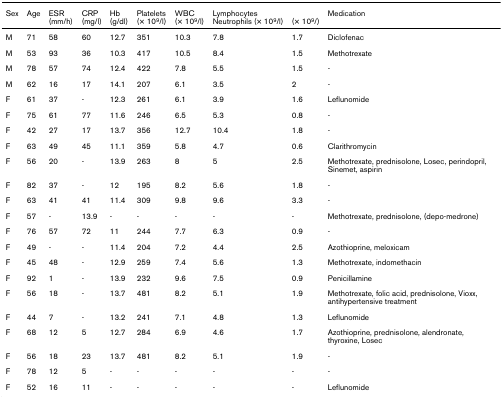
<table><thead><tr><td><b>Sex</b></td><td><b>Age</b></td><td><b>ESR (mm/h)</b></td><td><b>CRP (mg/l)</b></td><td><b>Hb (g/dl)</b></td><td><b>Platelets (× 10<sup>9</sup>/l)</b></td><td><b>WBC (× 10<sup>9</sup>/l)</b></td><td><b>LymphocytesNeutrophils (× 10<sup>9</sup>/l)</b></td><td><b> (× 10<sup>9</sup>/)</b></td><td><b>Medication</b></td></tr></thead><tbody><tr><td>M</td><td>71</td><td>58</td><td>60</td><td>12.7</td><td>351</td><td>10.3</td><td>7.8</td><td>1.7</td><td>Diclofenac</td></tr><tr><td>M</td><td>53</td><td>93</td><td>36</td><td>10.3</td><td>417</td><td>10.5</td><td>8.4</td><td>1.5</td><td>Methotrexate</td></tr><tr><td>M</td><td>78</td><td>57</td><td>74</td><td>12.4</td><td>422</td><td>7.8</td><td>5.5</td><td>1.5</td><td>-</td></tr><tr><td>M</td><td>62</td><td>16</td><td>17</td><td>14.1</td><td>207</td><td>6.1</td><td>3.5</td><td>2</td><td>-</td></tr><tr><td>F</td><td>61</td><td>37</td><td>-</td><td>12.3</td><td>261</td><td>6.1</td><td>3.9</td><td>1.6</td><td>Leflunomide</td></tr><tr><td>F</td><td>75</td><td>61</td><td>77</td><td>11.6</td><td>246</td><td>6.5</td><td>5.3</td><td>0.8</td><td>-</td></tr><tr><td>F</td><td>42</td><td>27</td><td>17</td><td>13.7</td><td>356</td><td>12.7</td><td>10.4</td><td>1.8</td><td>-</td></tr><tr><td>F</td><td>63</td><td>49</td><td>45</td><td>11.1</td><td>359</td><td>5.8</td><td>4.7</td><td>0.6</td><td>Clarithromycin</td></tr><tr><td>F</td><td>56</td><td>20</td><td>-</td><td>13.9</td><td>263</td><td>8</td><td>5</td><td>2.5</td><td>Methotrexate, prednisolone, Losec, perindopril, Sinemet, aspirin</td></tr><tr><td>F</td><td>82</td><td>37</td><td>-</td><td>12</td><td>195</td><td>8.2</td><td>5.6</td><td>1.8</td><td>-</td></tr><tr><td>F</td><td>63</td><td>41</td><td>41</td><td>11.4</td><td>309</td><td>9.8</td><td>9.6</td><td>3.3</td><td>-</td></tr><tr><td>F</td><td>57</td><td>-</td><td>13.9</td><td>-</td><td>-</td><td>-</td><td>-</td><td>-</td><td>Methotrexate, prednisolone, (depo-medrone)</td></tr><tr><td>F</td><td>76</td><td>57</td><td>72</td><td>11</td><td>244</td><td>7.7</td><td>6.3</td><td>0.9</td><td>-</td></tr><tr><td>F</td><td>49</td><td>-</td><td>-</td><td>11.4</td><td>204</td><td>7.2</td><td>4.4</td><td>2.5</td><td>Azothioprine, meloxicam</td></tr><tr><td>F</td><td>45</td><td>48</td><td>-</td><td>12.9</td><td>259</td><td>7.4</td><td>5.6</td><td>1.3</td><td>Methotrexate, indomethacin</td></tr><tr><td>F</td><td>92</td><td>1</td><td>-</td><td>13.9</td><td>232</td><td>9.6</td><td>7.5</td><td>0.9</td><td>Penicillamine</td></tr><tr><td>F</td><td>56</td><td>18</td><td>-</td><td>13.7</td><td>481</td><td>8.2</td><td>5.1</td><td>1.9</td><td>Methotrexate, folic acid, prednisolone, Vioxx, antihypertensive treatment</td></tr><tr><td>F</td><td>44</td><td>7</td><td>-</td><td>13.2</td><td>241</td><td>7.1</td><td>4.8</td><td>1.3</td><td>Leflunomide</td></tr><tr><td>F</td><td>68</td><td>12</td><td>5</td><td>12.7</td><td>284</td><td>6.9</td><td>4.6</td><td>1.7</td><td>Azothioprine, prednisolone, alendronate, thyroxine, Losec</td></tr><tr><td>F</td><td>56</td><td>18</td><td>23</td><td>13.7</td><td>481</td><td>8.2</td><td>5.1</td><td>1.9</td><td>-</td></tr><tr><td>F</td><td>78</td><td>12</td><td>5</td><td>-</td><td>-</td><td>-</td><td>-</td><td>-</td><td>-</td></tr><tr><td>F</td><td>52</td><td>16</td><td>11</td><td>-</td><td>-</td><td>-</td><td>-</td><td>-</td><td>Leflunomide</td></tr></tbody></table>